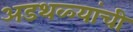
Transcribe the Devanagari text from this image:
अडथळ्यांची